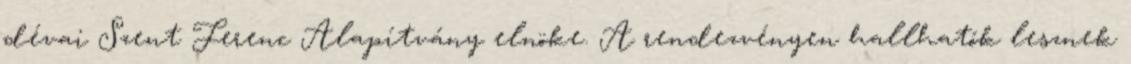
dévai Szent Ferenc Alapítvány elnöke. A rendezvényen hallhatók lesznek